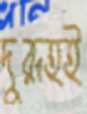
দুরূহই